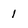
Character: 1